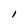
Character: l